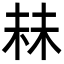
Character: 𬂧